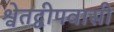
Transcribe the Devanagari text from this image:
श्वेतद्वीपवासी